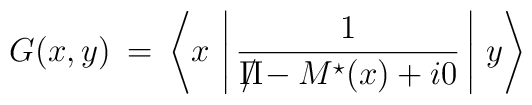
G(x,y) \> = \>\left < x \, \left | \, \frac{1}{{\Pi \hspace{-8pt}/} - M^{\star}(x) + i 0 } \, \right | \, y \right >